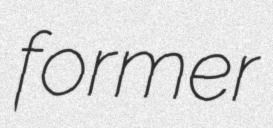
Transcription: former